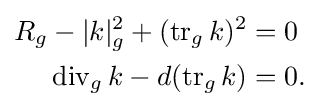
{\begin{aligned}R_{g}-|k|_{g}^{2}+(\operatorname {tr} _{g}k)^{2}&=0\\\operatorname {div} _{g}k-d(\operatorname {tr} _{g}k)&=0.\end{aligned}}